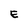
Character: E